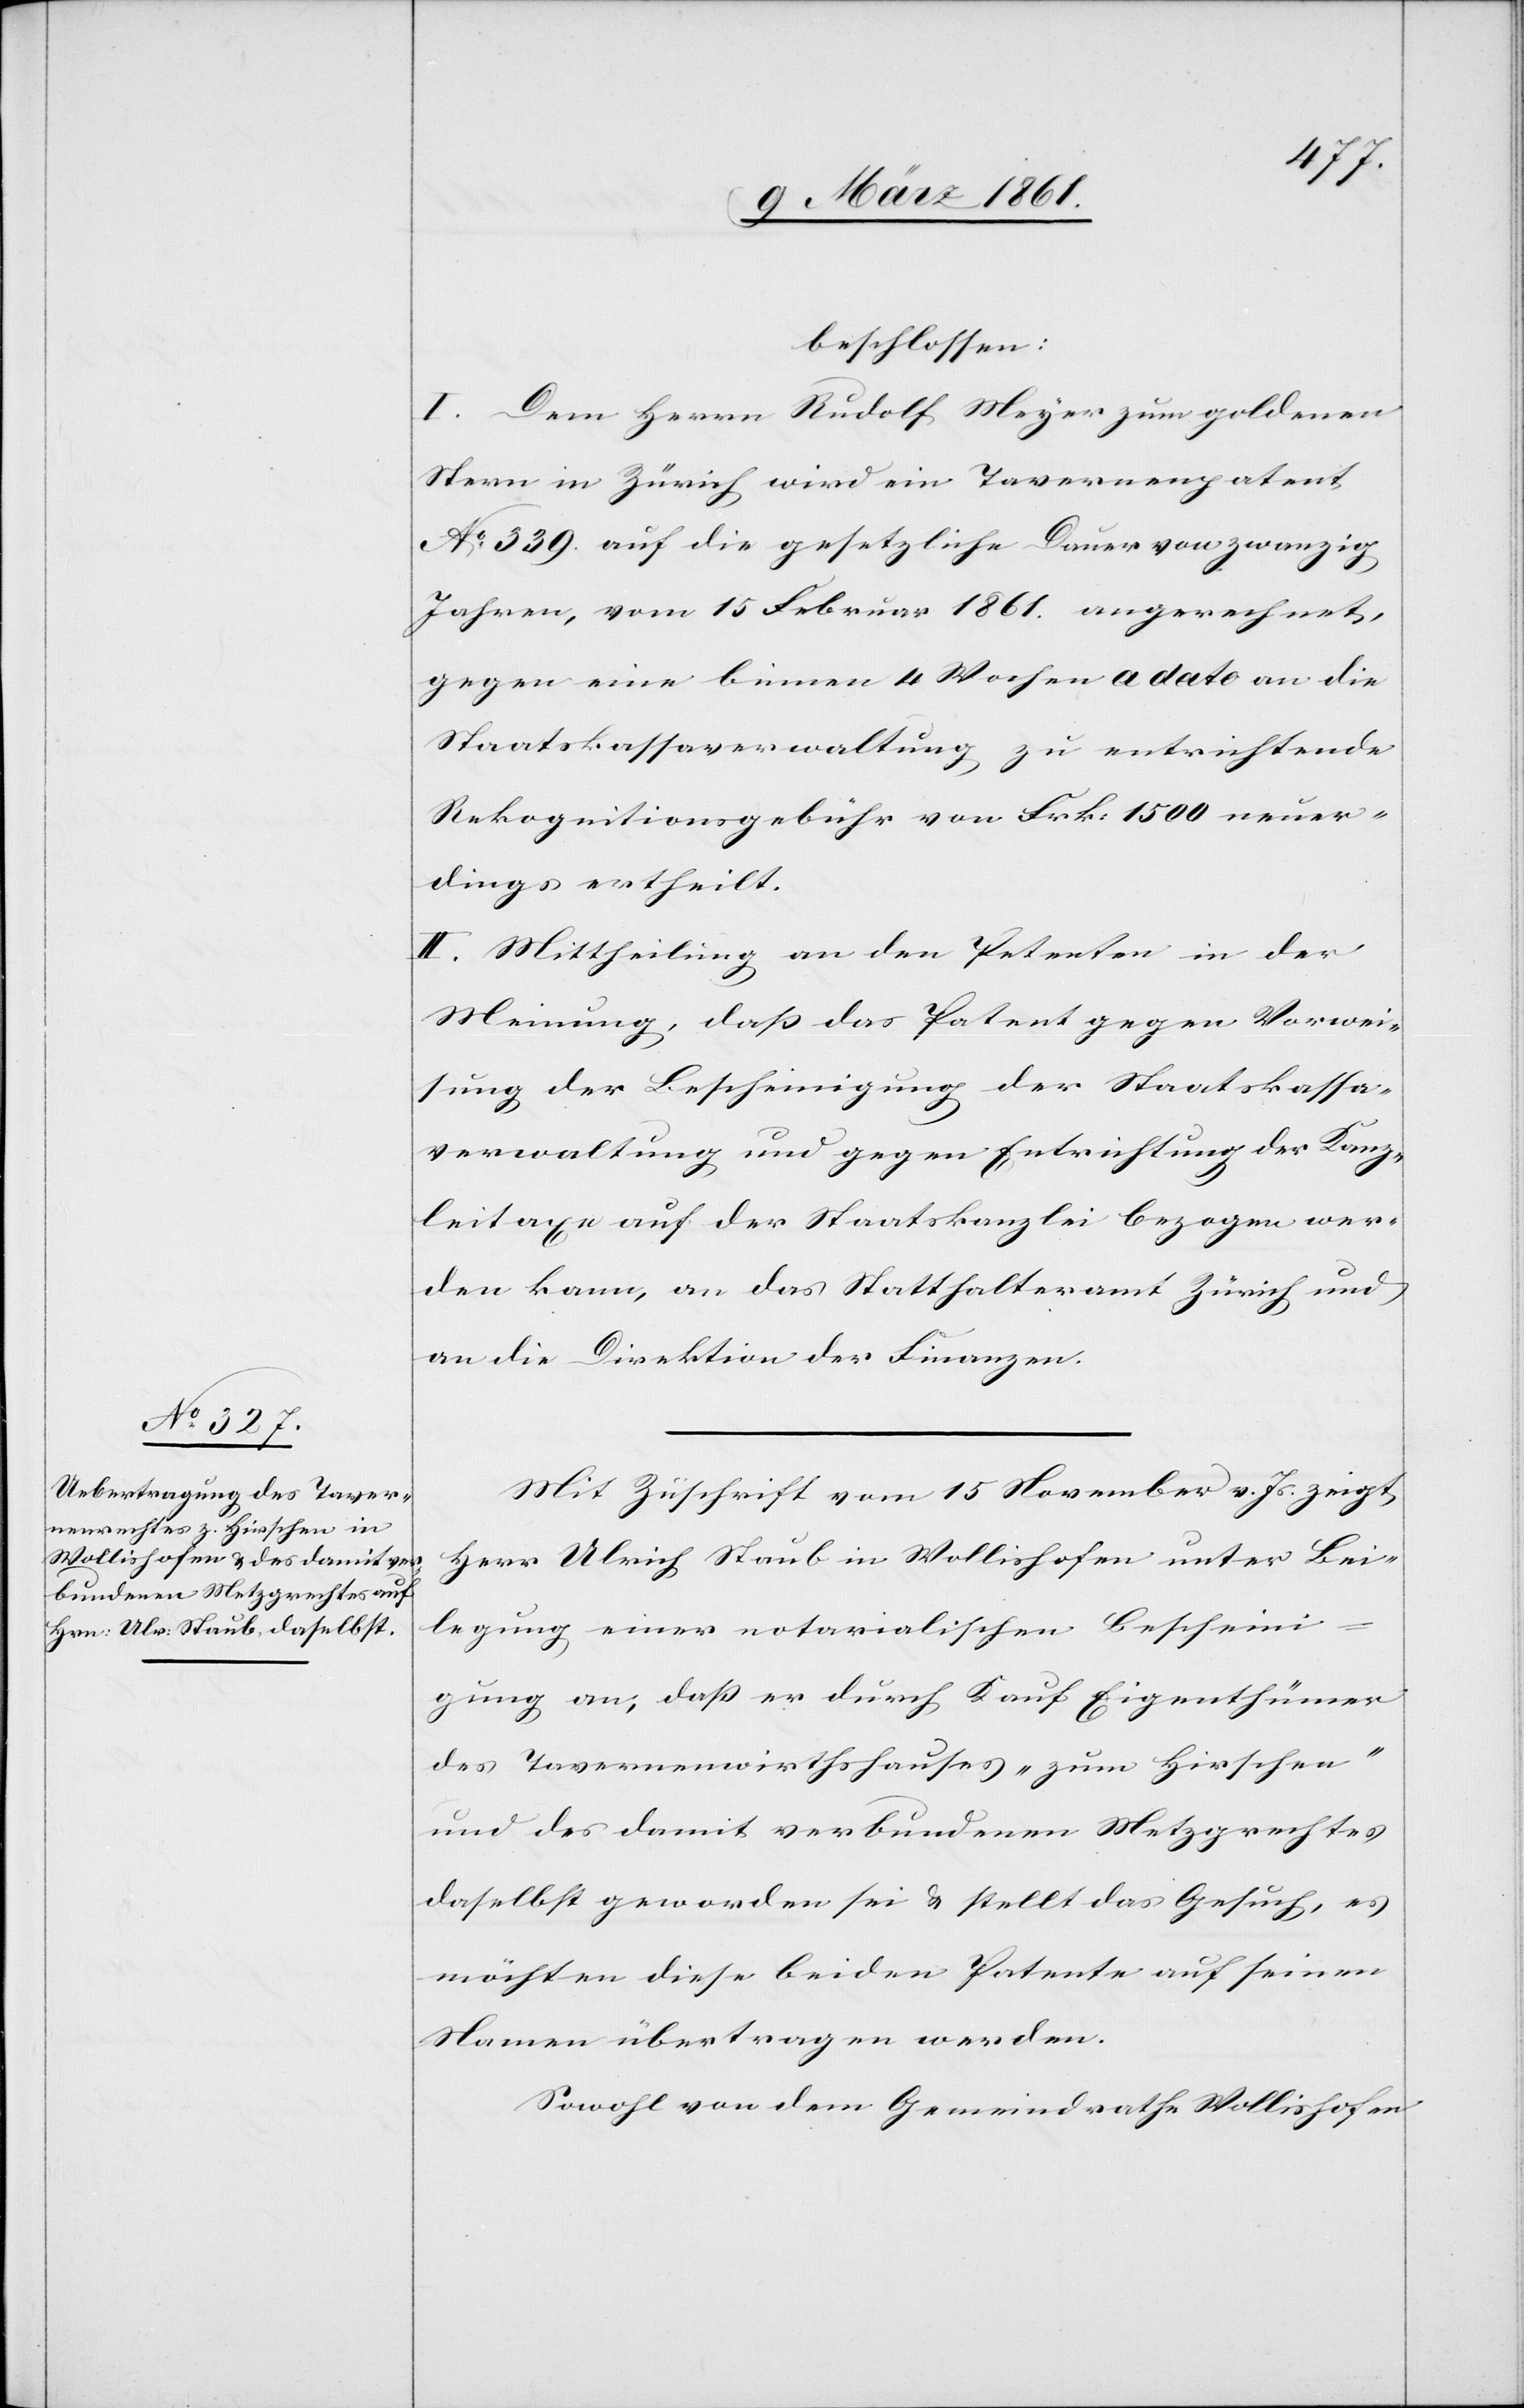
beschlossen:
I. Dem Herrn Rudolf Meyer zum goldenen
Stern in Zürich wird ein Tavernenpatent
No 339 auf die gesetzliche Dauer von zwanzig
Jahren, vom 15 Februar 1861 angerechnet,
gegen eine binnen 4 Wochen a dato an die
Staatskassaverwaltung zu entrichtende
Rekognitionsgebühr von Frk. 1500 neuer¬
dings ertheilt.
II. Mittheilung an den Petenten in der
Meinung, dass das Patent gegen Vorwei¬
sung der Bescheinigung der Staatskassa¬
verwaltung und gegen Entrichtung der Kanz¬
leigebühren auf der Staatskanzlei bezogen wer¬
den kann, an das Statthalteramt Zürich und
an die Direktion der Finanzen.
Mit Zuschrift vom 15 November v. Js. zeigt
Herr Ulrich Staub in Wollishofen unter Bei¬
legung einer notarialischen Bescheini¬
gung an, dass er durch Kauf Eigenthümer
des Tavernenwirtshauses „zum Hirschen“
und des damit verbundenen Metzgrechtes
daselbst geworden sei u. stellt das Gesuch, es
möchten diese beiden Patente auf seinen
Namen übertragen werden.
Sowohl von dem Gemeindrathe Wollishofen